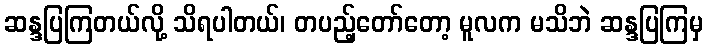
ဆန္ဒပြကြတယ်လို့ သိရပါတယ်၊ တပည့်တော်တော့ မူလက မသိဘဲ ဆန္ဒပြကြမှ